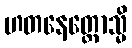
ဟတနေတ္တောသ္မိ